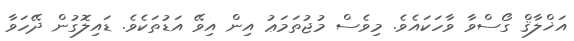
އަޚްލާޤް ގޯސްވާ ވާހަކައެވެ. މިވެސް މުޖުތަމަޢު އިން އިވޭ އަޑުތަކެވެ. ޑައިލޮގުން ދޭހަވާ